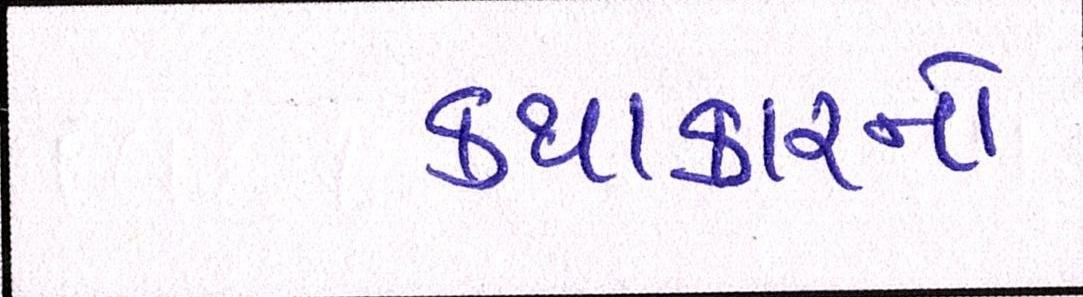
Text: કથાકારનો